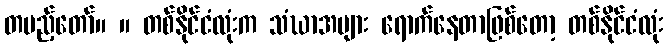
တပည့်တော်။ ။ တစ်နိုင်ငံလုံးက သံဃာအများ ရောက်နေတာဖြစ်တော့ တစ်နိုင်ငံလုံး